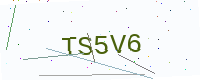
Text: TS5V6